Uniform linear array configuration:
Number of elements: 4
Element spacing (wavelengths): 0.25
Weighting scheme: kaiser
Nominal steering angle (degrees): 30
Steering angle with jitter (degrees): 30.266
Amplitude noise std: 0.05
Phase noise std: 0.05

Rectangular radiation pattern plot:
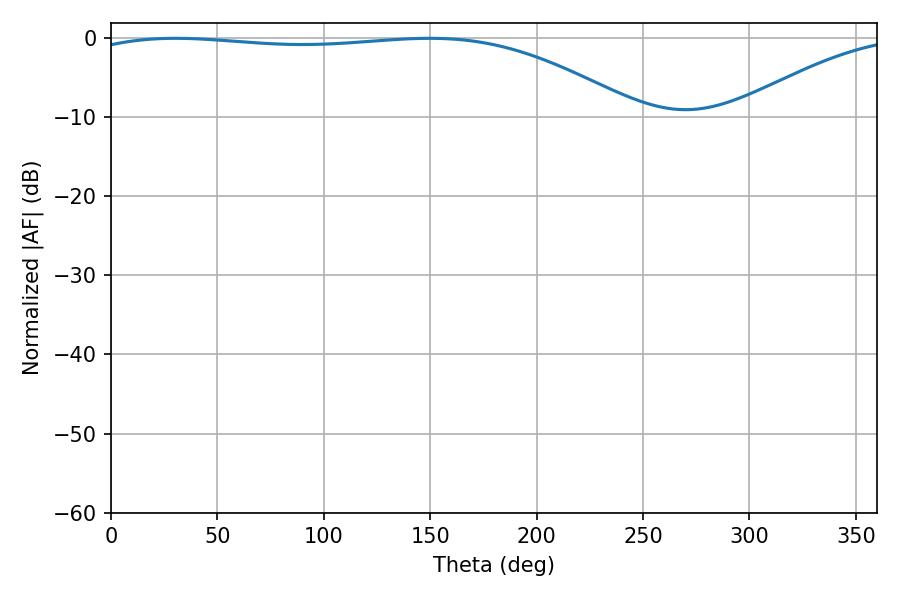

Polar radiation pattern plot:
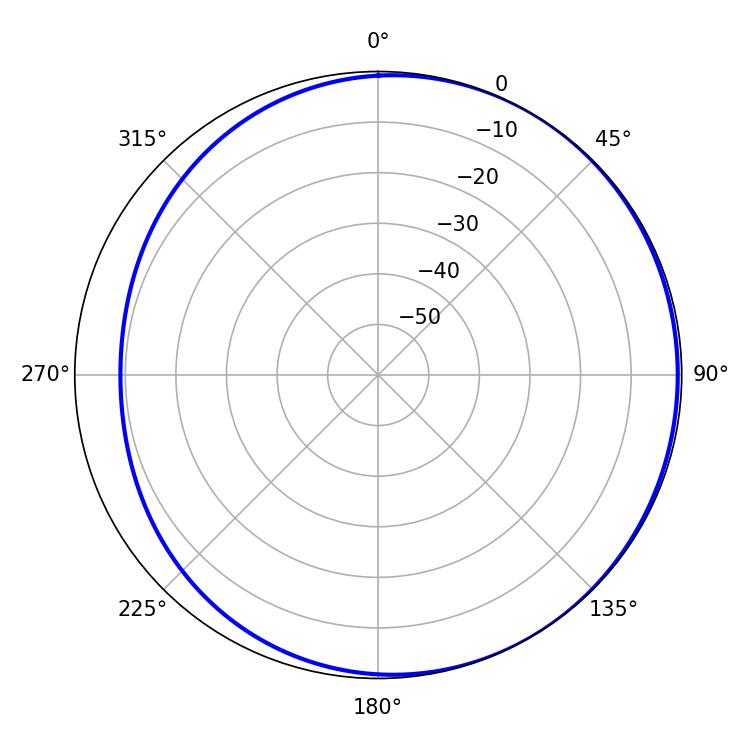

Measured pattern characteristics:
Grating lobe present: FALSE
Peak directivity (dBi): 1.864
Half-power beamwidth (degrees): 206.1
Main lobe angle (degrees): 30.24